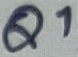
Text: Q1